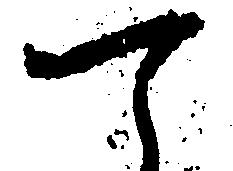
て